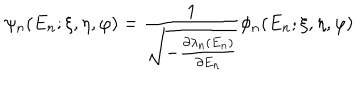
\psi _ { n } ( E _ { n } ; \xi , \eta , \varphi ) = \frac { 1 } { \sqrt { - \frac { \partial \lambda _ { n } ( E _ { n } ) } { \partial E _ { n } } } } \phi _ { n } ( E _ { n } ; \xi , \eta , \varphi )